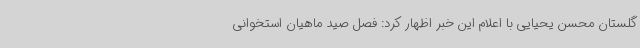
گلستان محسن یحیایی با اعلام این خبر اظهار کرد: فصل صید ماهیان استخوانی